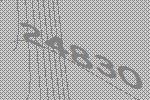
24830